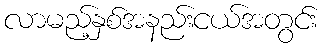
လာမည့်နှစ်အနည်းငယ်အတွင်း